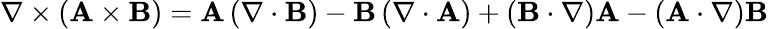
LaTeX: \nabla\times\left(\mathbf{A}\times\mathbf{B}\right)=\mathbf{A}\left(\nabla\cdot\mathbf{B}\right)-\mathbf{B}\left(\nabla\cdot\mathbf{A}\right)+\left(\mathbf{B}\cdot\nabla\right)\mathbf{A}-\left(\mathbf{A}\cdot\nabla\right)\mathbf{B}